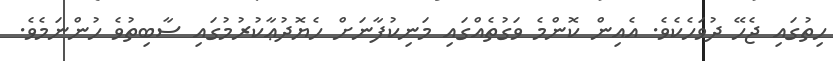
ހިތުގައި ޖެހޭ ދުވަހެކެވެ. އެއިން ކޮންމެ ވަގުތެއްގައި މަނިކުފާނަށް ހެޔޮދުޢާކުުރުމުގައި ސާބިތުވެ ހުންނަމެވެ.